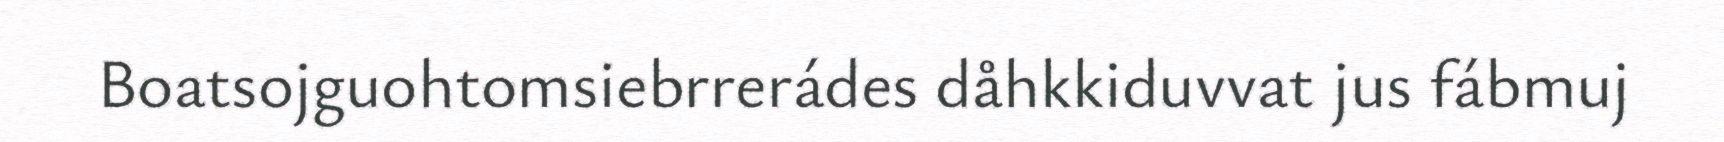
Boatsojguohtomsiebrrerádes dåhkkiduvvat jus fábmuj